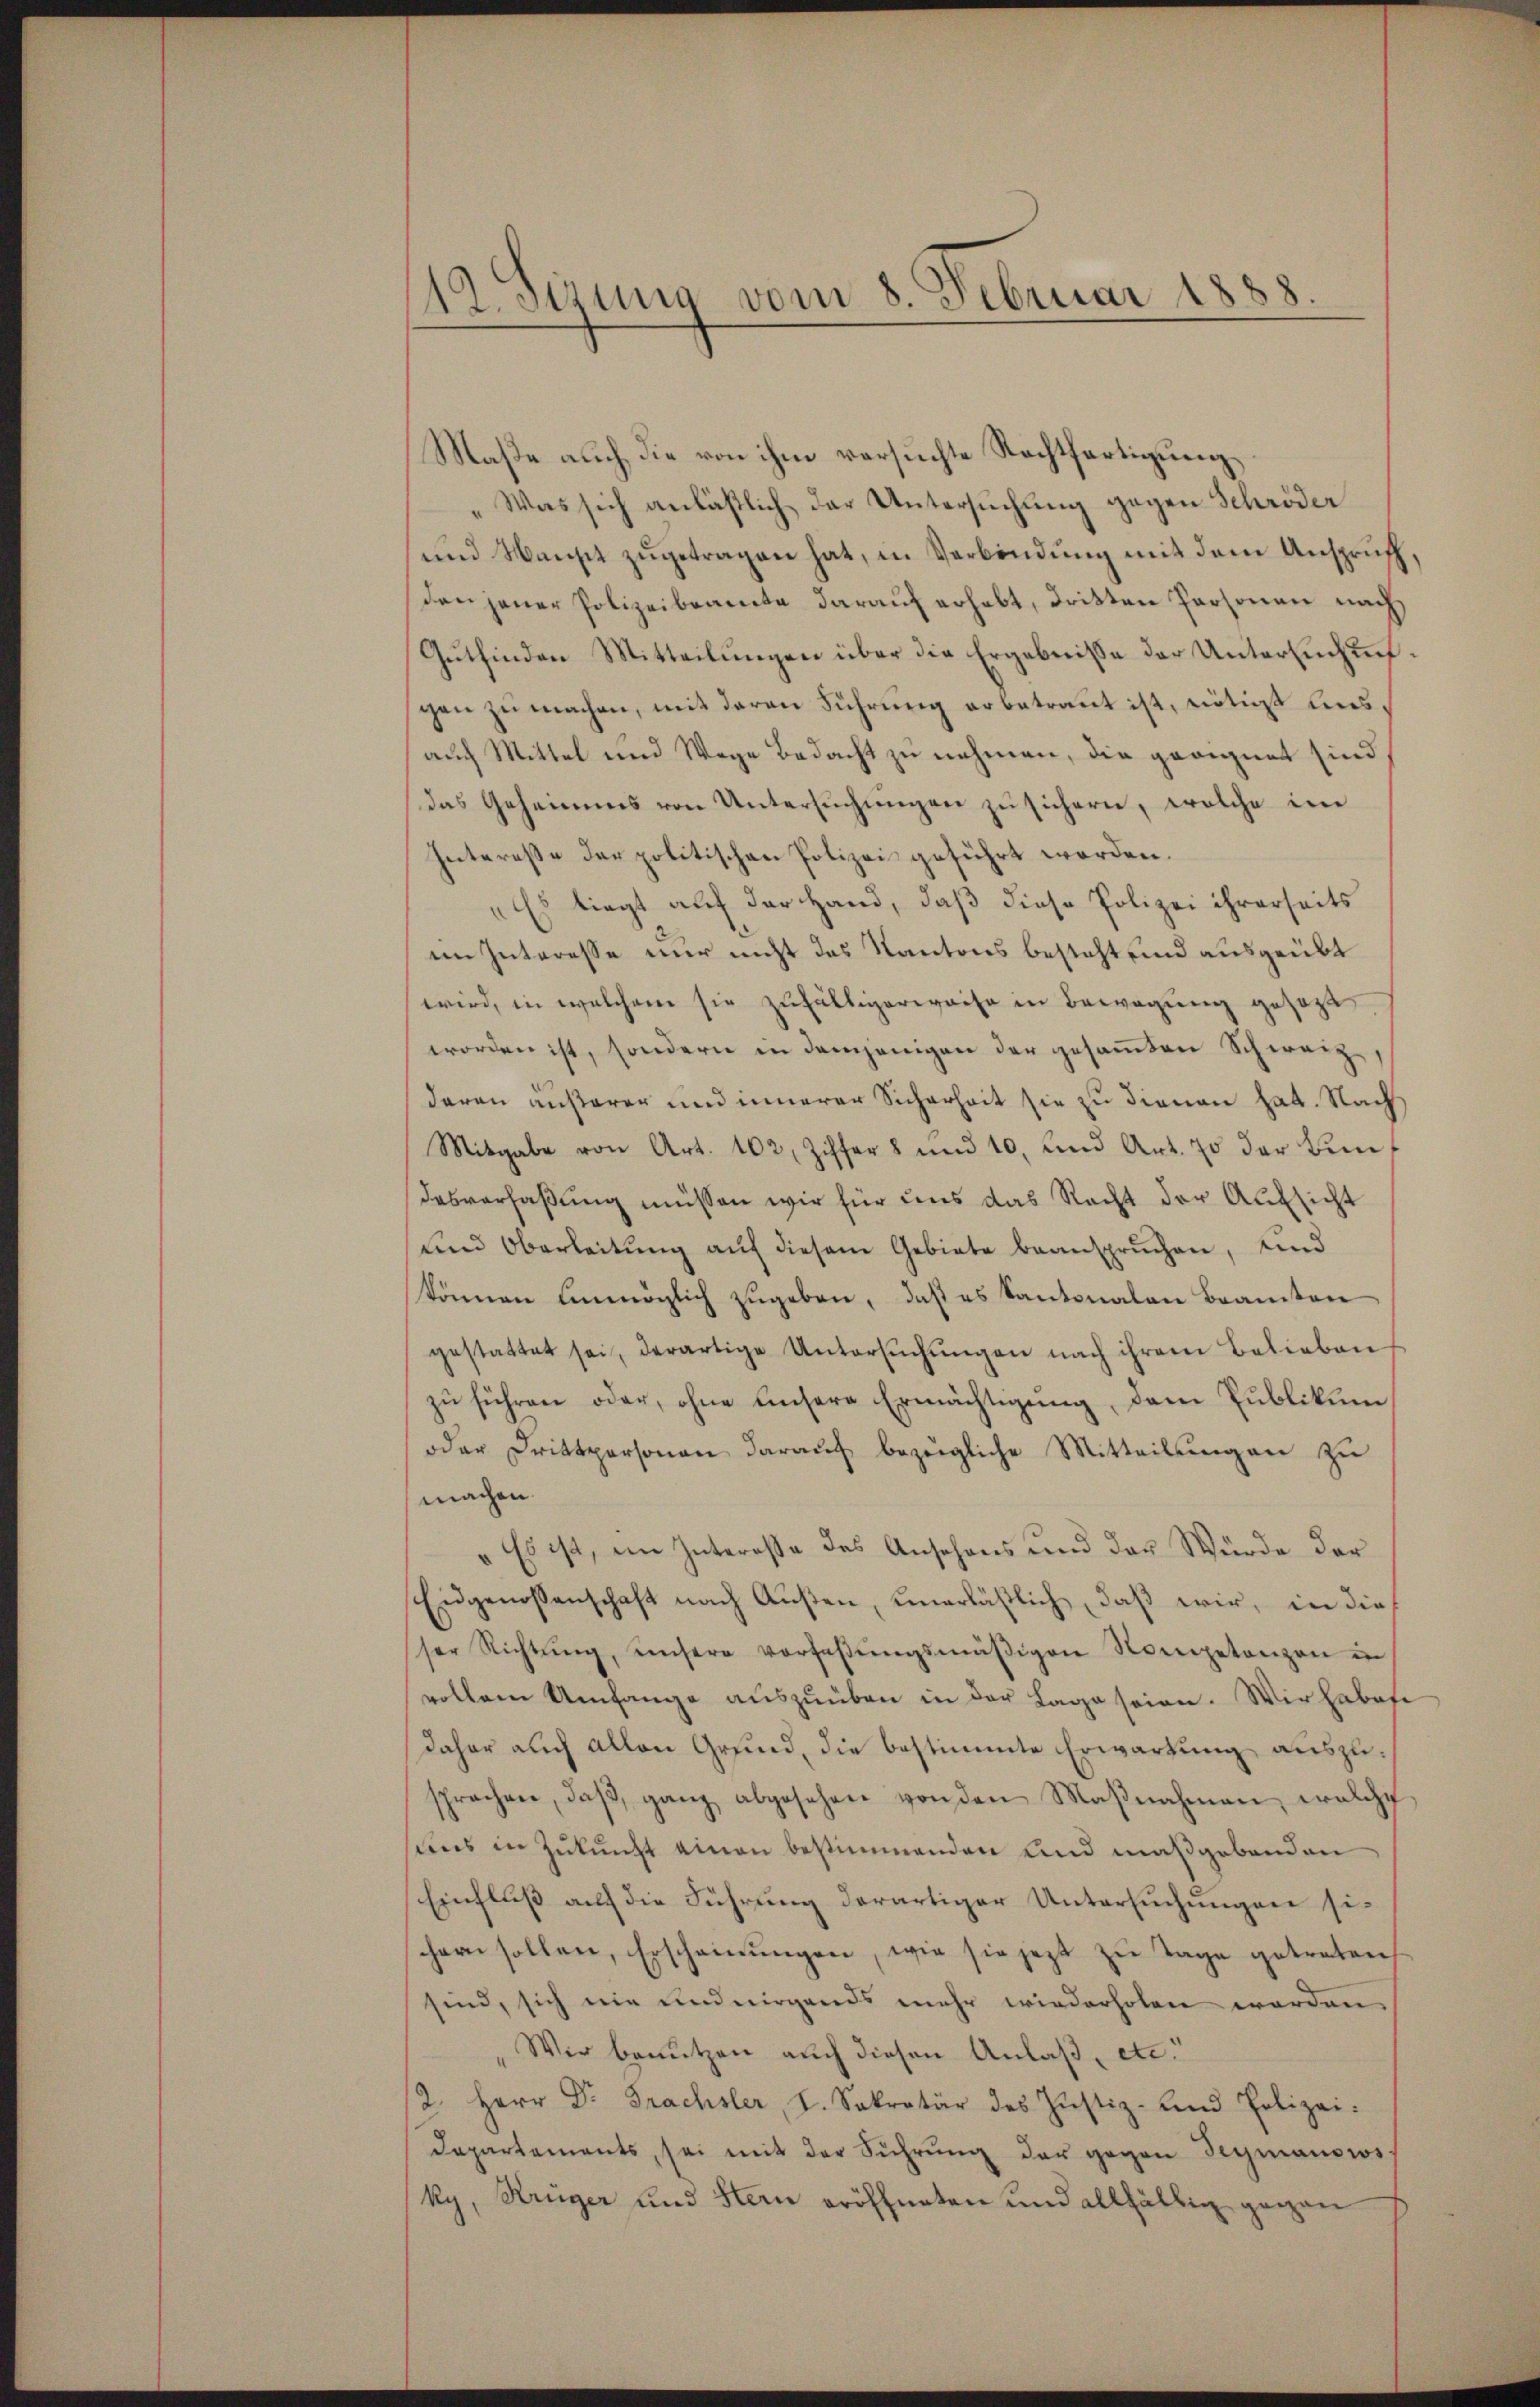
19 Sirung vom 8. Februar 1888

Maße auch die von ihm versuchte Rechtfertigung
Was sich anläßlich der Untersuchung gegen Schröder
und Wansch zugetragen hat, in Verbindung mit dem Anspruch,
den jener Polizeibeamte darauf erhebt, dritten Personen nach
Gutfinden Mitteilungen über die Ergebnisse der Untersuchungen zu machen, mit deren Führung erbetraut ist, nötigt ausauch Mittel und Wege Bedacht zu nehmen, die geeignet sind
das Geheimes von Untersuchungen zu sichern, welche in
Interesse der politischen Polizei geführt worden.
"Es liegt auf der Hand, daß diese Polizei ihrerseits
im Interesse nur nicht das Kantons besteht sind ausgeübt
wird, in welchem sie zufälligerweise in Bewegung gesezt
worden ist, sondern in demjenigen der gesammten Schweiz
daran äußerer und innerer Sicherheit sie zu dienen hat. Nach
Mitgabe von Art. 102, Ziffers und 10, und Art. 70 der Bundasverfaßung müssen wir für uns das Recht der Aufsicht
ŭnd Oberleitŭng aŭf diesem Gebiete beansprŭchen, und
können unmöglich zugeben, daß es kantonalen Beamten
gestattet sei, derartige Untersŭchŭngen nach ihrem Belieben
zu führen oder, ohne unsere Ermächtigung, dem Publikum
oder Drittpersonen darauf bezeigliche Mitteilungen zu
machen.
„Es ist, im Interesse des Ansehens und der Würde der
Eidgenossenschaft nach Aŭβen, unerläβlich, daβ wir, in die
ser Richtŭng, unsere Vorfaβŭngsmäβigen Kompetenzen in
vollem Umfange aŭszŭüben in der Lage seien. Wir habete
daher auch allen Grund, die bestimmte Erwartung auszusprachen, daβ ganz abgesehen von den Maβnahmen, welche
sens in Zŭkŭnft einen bestimmenden und maßgebenden
Einfluß auf die Führung derartiger Untersuchungen sischern sollen, Erscheinungen, wie sie jezt zu Tage getreten
sind, sich nie und nirgends mehr wiederholen worden.
Wir benutzen auch diesen Anlaß, etc.
2. Herr Dr. Trachsler, I. Sekretär des Justiz- und Polizei.
Departements, sei mit der Führŭng der gegen Segmanows
ky, Krüger und Stern eröffneten und allfällig gegen